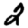
Digit: 2